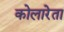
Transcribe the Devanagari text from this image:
कोलारेता